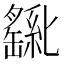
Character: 𫧊